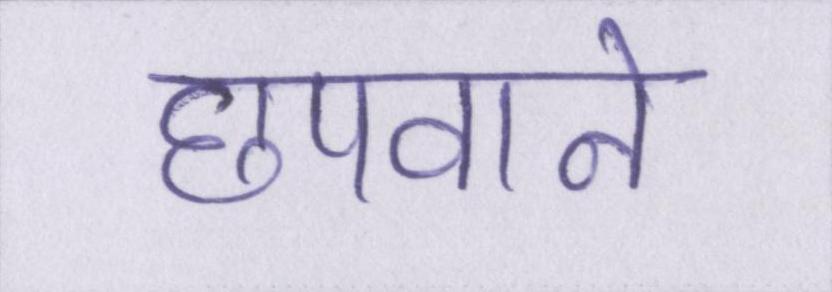
छपवाने